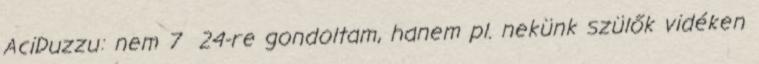
AciDuzzu: nem 7 24-re gondoltam, hanem pl. nekünk szülők vidéken